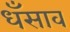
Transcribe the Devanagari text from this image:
धँसाव